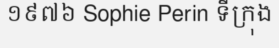
១៩៧៦ Sophie Perin ទីក្រុង